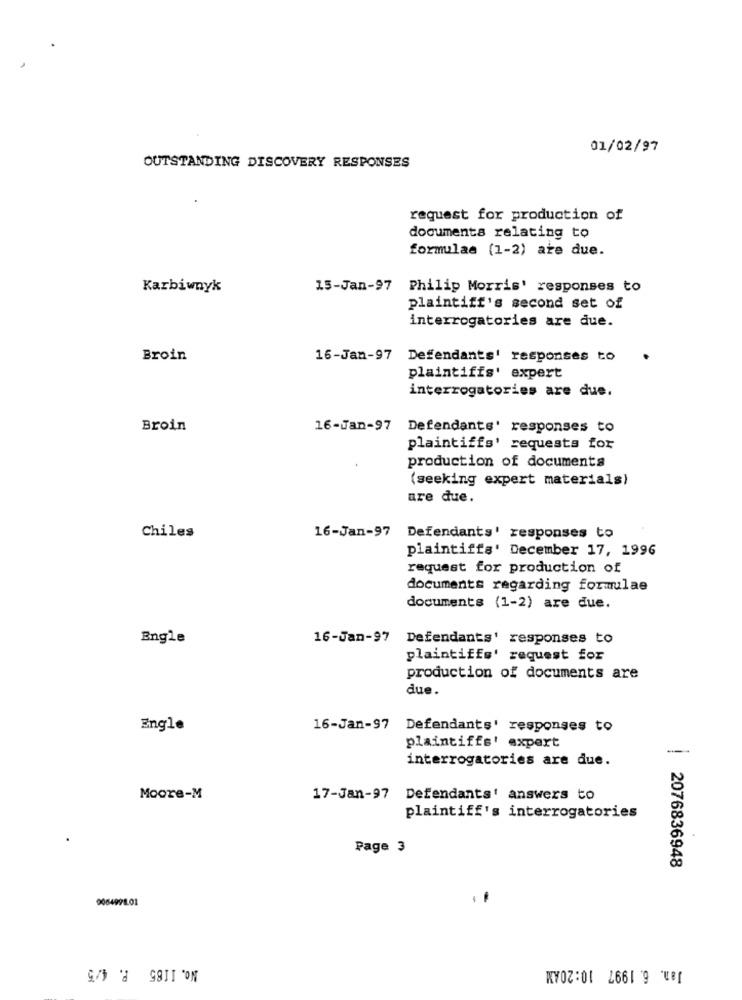
01/02/97
OUTSTANDING DISCOVERY RESPONSES
request for production of
documents relating to
formulae (1-2) are due.
Karbiwnyk
15-Jan-97
Philip Morris' responses to
plaintiff's second set of
interrogatories are due.
Broin
16-Jan-97 Defendants' responses to
plaintiffs' expert
interrogatories are due.
Broin
16-Jan-97
Defendants' responses to
plaintiffs' requests for
production of documents
(seeking expert materials)
are due.
16-Jan-97
Chiles
Defendants' responses to
plaintiffs' December 17, 1996
request for production of
documents regarding formulae
documents (1-2) are due.
Engle
16-Jan-97
Defendants' responses to
plaintiffs' request for
production of documents are
due.
Engle
16-Jan-97 Defendants' responses to
plaintiffs' expert
interrogatories are due.
Moore-M
17-Jan-97 Defendants' answers to
plaintiff's interrogatories
Page 3
2076836948
006499101
No. 1185 P. 4/5
Jan. 6. 1997 10:20AM